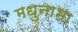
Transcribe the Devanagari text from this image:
मधुनाभा